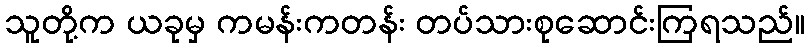
သူတို့က ယခုမှ ကမန်းကတန်း တပ်သားစုဆောင်းကြရသည်။